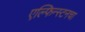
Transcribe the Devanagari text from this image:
एल्फिन्स्टनचा